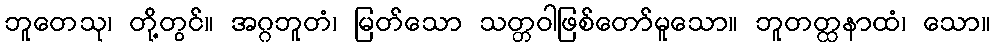
ဘူတေသု၊ တို့တွင်။ အဂ္ဂဘူတံ၊ မြတ်သော သတ္တဝါဖြစ်တော်မူသော။ ဘူတတ္ထနာထံ၊ သော။